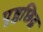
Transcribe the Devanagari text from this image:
पृष्ठछिद्र